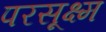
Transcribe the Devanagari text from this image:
परसूक्ष्म